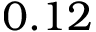
0 . 1 2